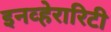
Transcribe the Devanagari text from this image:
इनव्हेरारिटी